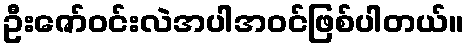
ဦးဇော်ဝင်းလဲအပါအဝင်ဖြစ်ပါတယ်။